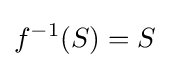
f^{-1}(S)=S